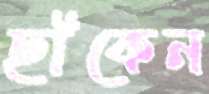
ছাঁকেন